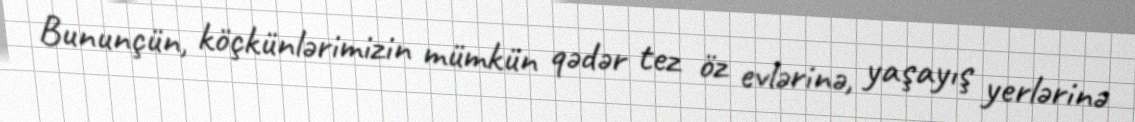
Bununçün, köçkünlərimizin mümkün qədər tez öz evlərinə, yaşayış yerlərinə